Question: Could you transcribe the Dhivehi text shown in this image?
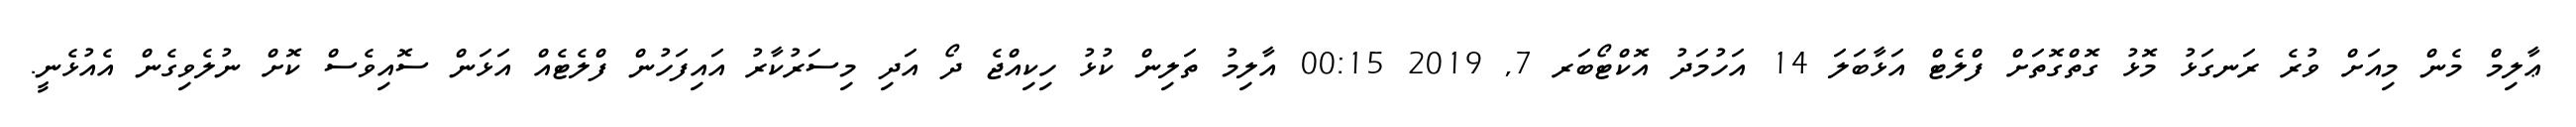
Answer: ޢާލިމް މެން މިއަށް ވުރެ ރަނގަޅު މޮޅު ގޮތްގޮތަށް ފްލެޓް އަޅާބަލަ 14 އަހުމަދު އޮކްޓޯބަރ 7, 2019 00:15 އާލިމު ތަލިން ކުޅު ހިކިއްޖެ ދޯ އަދި މިސަރުކާރު އައިފަހުން ފްލެޓެއް އަޅަން ސޮއިވެސް ކޮށް ނުލެވިގެން އެއުޅެނީ.